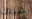
هناك